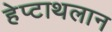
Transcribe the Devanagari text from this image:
हेप्टाथलान